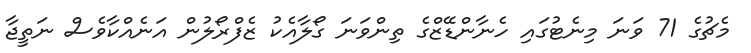
މެޗުގެ 71 ވަނަ މިނެޓުގައި ހެނާންޑޭޒްގެ ތިންވަނަ ގޯލާއެކު ޒެފްރޯލުން އަނެއްކާވެސް ނަތީޖާ